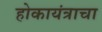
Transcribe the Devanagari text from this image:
होकायंत्राचा